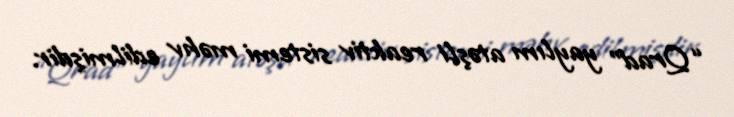
“Qrad” yaylım atəşli reaktiv sistemi məhv edilmişdir.